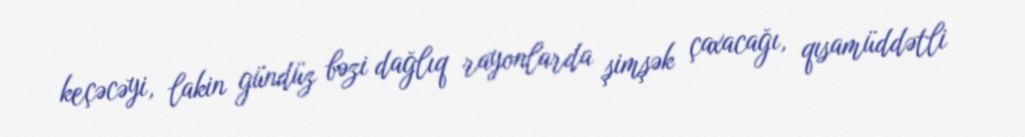
keçəcəyi, lakin gündüz bəzi dağlıq rayonlarda şimşək çaxacağı, qısamüddətli